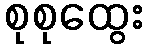
စုစုထွေး